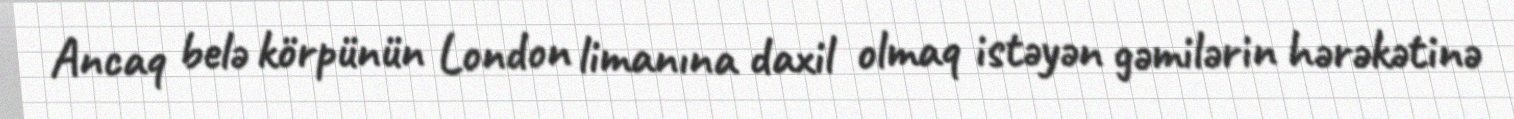
Ancaq belə körpünün London limanına daxil olmaq istəyən gəmilərin hərəkətinə